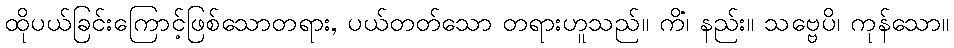
ထိုပယ်ခြင်းကြောင့်ဖြစ်သောတရား, ပယ်တတ်သော တရားဟူသည်။ ကိံ၊ နည်း။ သဗ္ဗေပိ၊ ကုန်သော။